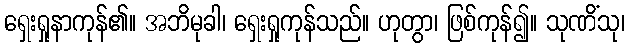
ရှေးရှုနာကုန်၏။ အဘိမုခါ၊ ရှေးရှုကုန်သည်။ ဟုတွာ၊ ဖြစ်ကုန်၍။ သုဏိံသု၊